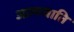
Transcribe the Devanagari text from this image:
आत्मघाति